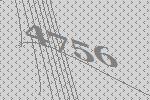
4756